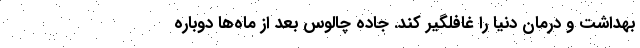
بهداشت و درمان دنیا را غافلگیر کند. جاده چالوس بعد از ماه‌ها دوباره